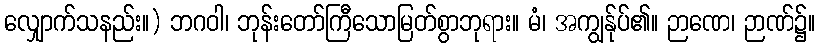
လျှောက်သနည်း။) ဘဂဝါ၊ ဘုန်းတော်ကြီသောမြတ်စွာဘုရား။ မံ၊ အကျွန်ုပ်၏။ ဉာဏေ၊ ဉာဏ်၌။